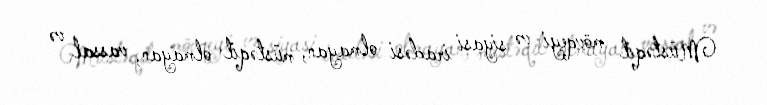
Müstəqil mövqeyi və siyasi iradəsi olmayan, müstəqil olmayan, vassal və